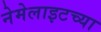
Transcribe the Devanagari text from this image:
नेमेलाइटच्या